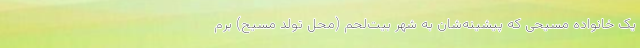
یک خانواده مسیحی که پیشینه‌شان به شهر بیت‌لحم (محل تولد مسیح) برم